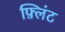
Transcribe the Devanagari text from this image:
फ़्लिंट